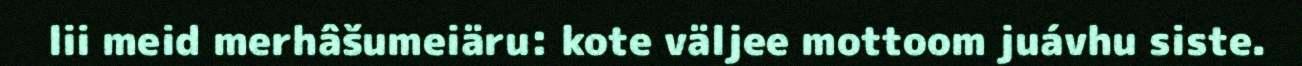
lii meid merhâšumeiäru: kote väljee mottoom juávhu siste.